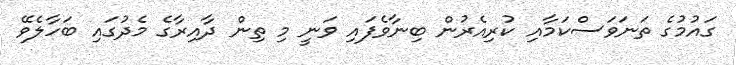
ގައުމުގެ ތަނަވަސްކަމާއި ކުރިއެރުން ބިނާވެފައި ވަނީ މި ތިން ދާއިރާގެ މެދުގައި ބަހާލެވޭ